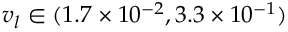
{ v _ { l } } \in ( 1 . 7 \times { 1 0 ^ { - 2 } } , 3 . 3 \times { 1 0 ^ { - 1 } } )